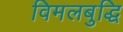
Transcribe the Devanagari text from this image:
विमलबुद्धि